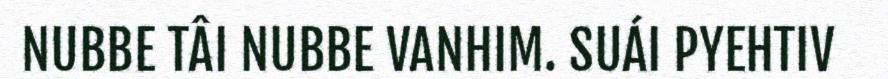
NUBBE TÂI NUBBE VANHIM. SUÁI PYEHTIV